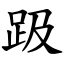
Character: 趿